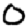
Digit: 0